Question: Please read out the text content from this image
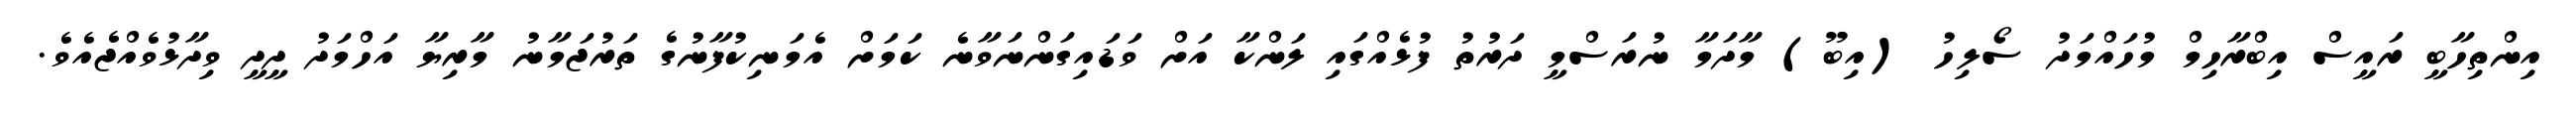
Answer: އިންތިހާބީ ރައީސް އިބްރާހިމް މުހައްމަދު ސޯލިހު (އިބޫ) މާދަމާ ނުރަސްމީ ދަރުތު ފުޅެއްގައި ލަންކާ އަށް ވަޑައިގަންނަވާނެ ކަމަށް އެމަނިކުފާނުގެ ތަރުޖަމާނު މާރިޔާ އަހްމަދު ދީދީ ވިދާޅުވެއްޖެއެވެ.